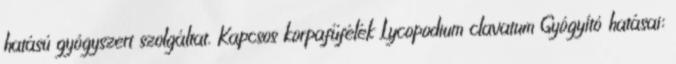
hatású gyógyszert szolgáltat. Kapcsos korpafűfélék Lycopodium clavatum Gyógyító hatásai: